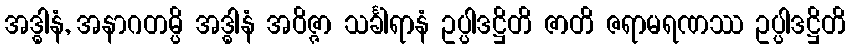
အဒ္ဓါနံ, အနာဂတမ္ပိ အဒ္ဓါနံ အဝိဇ္ဇာ သင်္ခါရာနံ ဥပ္ပါဒဋ္ဌိတိ ဇာတိ ဇရာမရဏဿ ဥပ္ပါဒဋ္ဌိတိ